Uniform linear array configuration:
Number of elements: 24
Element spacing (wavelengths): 0.75
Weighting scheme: kaiser
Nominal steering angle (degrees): -45
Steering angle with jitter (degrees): -44.094
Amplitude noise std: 0.05
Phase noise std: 0.05

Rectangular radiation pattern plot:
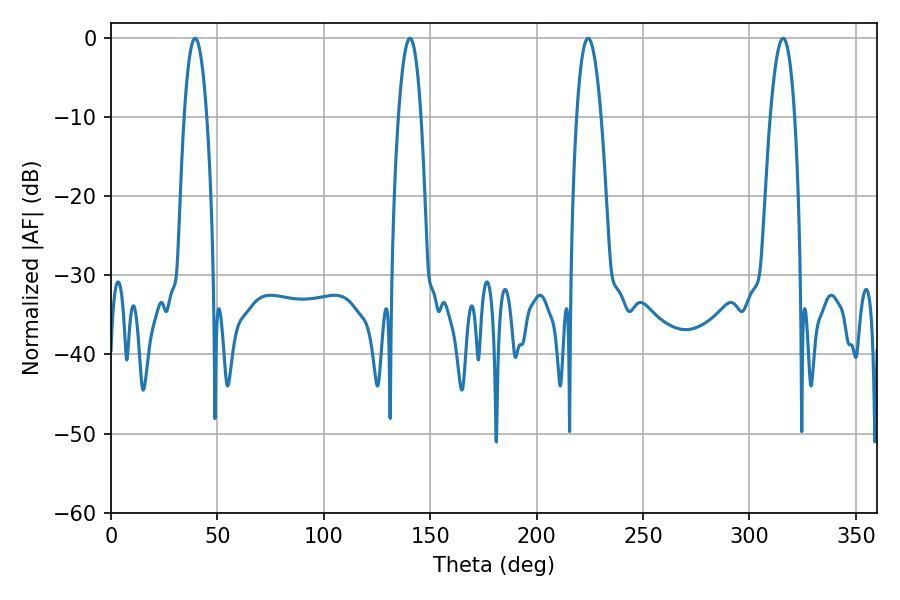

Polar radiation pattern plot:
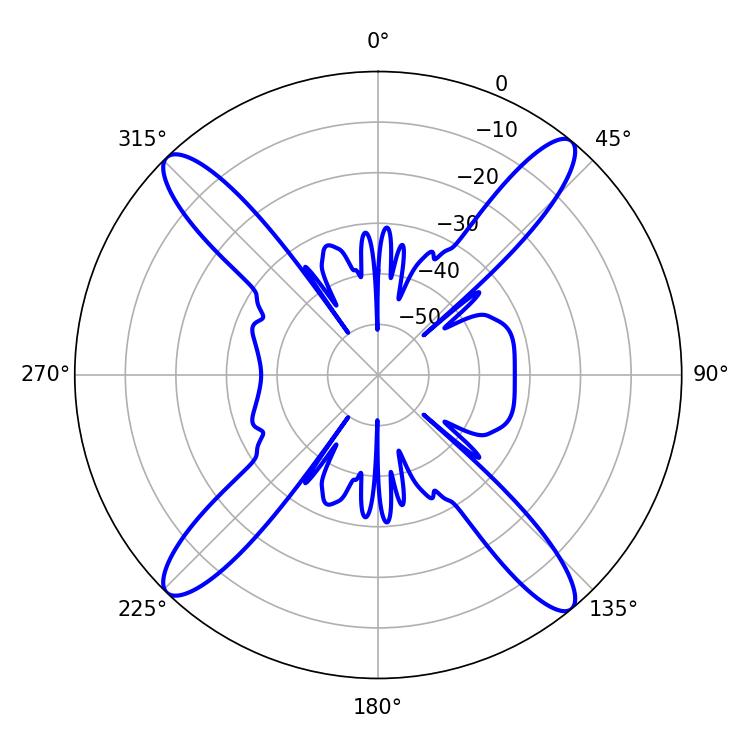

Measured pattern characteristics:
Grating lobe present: TRUE
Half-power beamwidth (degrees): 6.48
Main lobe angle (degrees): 224.1